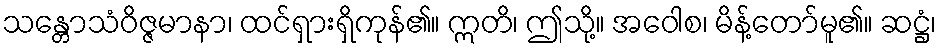
သန္တောသံဝိဇ္ဇမာနာ၊ ထင်ရှားရှိကုန်၏။ ဣတိ၊ ဤသို့။ အဝေါစ၊ မိန့်တော်မူ၏။ ဆဋ္ဌံ၊